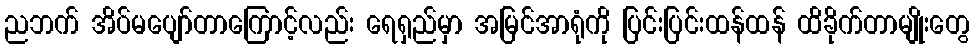
ညဘက် အိပ်မပျော်တာကြောင့်လည်း ရေရှည်မှာ အမြင်အာရုံကို ပြင်းပြင်းထန်ထန် ထိခိုက်တာမျိုးတွေ